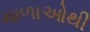
માળાઓથી